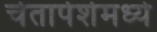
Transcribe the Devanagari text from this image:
चेतापेशेमध्ये